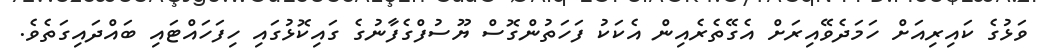
ވަޅުގެ ކައިރިއަށް ހަމަދެވޭއިރަށް އެގޭތެރެއިން އެކަކު ފަހަތުންގޮސް ޔޫސުފްގެފާނުގެ ގައިކޮޅުގައި ހިފަހައްޓައި ބައްދައިގަތެވެ.